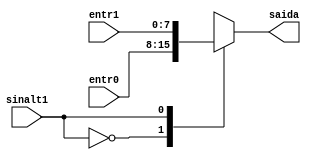
/*
	CEFET-MG
	Disciplina de Laboratrio de Arquitetura e Organizao de Computadores
	Data: 28/08/2021
	Aluno: Fernando Veizaga
	Matricula: 20203001902
*/

module muxtipo1(entr0, entr1, saida, sinalt1);
	input [7:0] entr0, entr1;
	input sinalt1;
	
	output reg [7:0] saida;
	
	always @ (entr0 or entr1 or sinalt1)
	begin
		case(sinalt1)
			1'b0: begin saida = entr0; end
			1'b1: begin saida = entr1; end
			default: begin saida = entr0; end
		endcase
	
	end
endmodule


module test_muxtipo1;
	reg [7:0] en0, en1;
	reg sinal;
	
	wire [7:0] saida;
	
	initial begin
		en0 = 5;
		en1 = 7;
		sinal = 0;
		#2 sinal = 1;
		#2 en0 = 56;
		en1 = 43;
		sinal = 0;
		#2 sinal = 1;
	end
	
	initial begin
 		$monitor("Time=%0d entr0=%b entr1=%b sinalt1=%b saida=%b",$time, en0, en1, sinal, saida);
 	end
	
	muxtipo1 mod1(en0, en1, saida, sinal);
	
endmodule